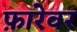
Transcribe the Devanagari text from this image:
फ़ारेवर